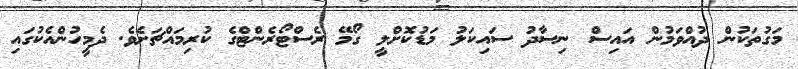
މަގުތަކުން ދުއްވަމުން އައިސް ނިސާދު ސައިކަލު މަޑުކޮށްލީ ގޯމޭ ރެސްޓޯރެންޓްގެ ކުރިމައްޗަށެވެ. ދެމީހުންއެކުގައި